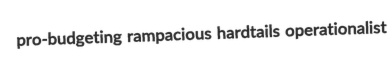
pro-budgeting rampacious hardtails operationalist